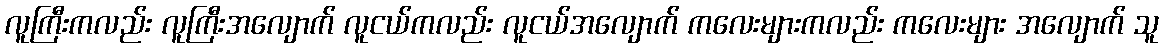
လူကြီးကလည်း လူကြီးအလျောက် လူငယ်ကလည်း လူငယ်အလျောက် ကလေးများကလည်း ကလေးများ အလျောက် သူ